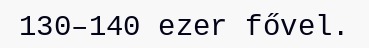
130–140 ezer fővel.